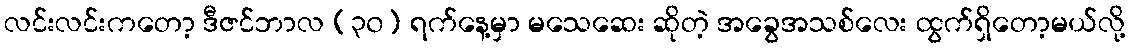
လင်းလင်းကတော့ ဒီဇင်ဘာလ (၃၀) ရက်နေ့မှာ မသေဆေး ဆိုတဲ့ အခွေအသစ်လေး ထွက်ရှိတော့မယ်လို့